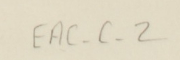
EAC.C.2